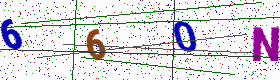
Text: 660N